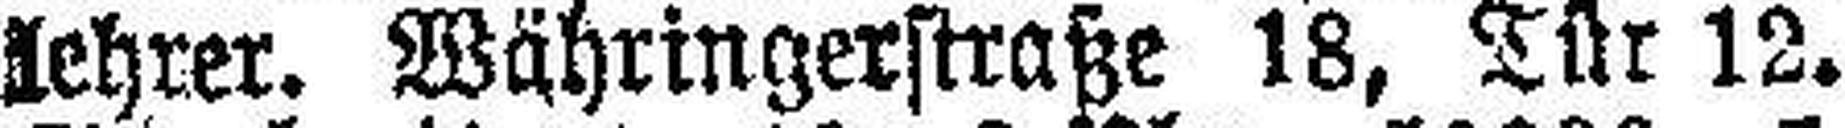
lehrer. Währingerstraße 18, Tür 12.